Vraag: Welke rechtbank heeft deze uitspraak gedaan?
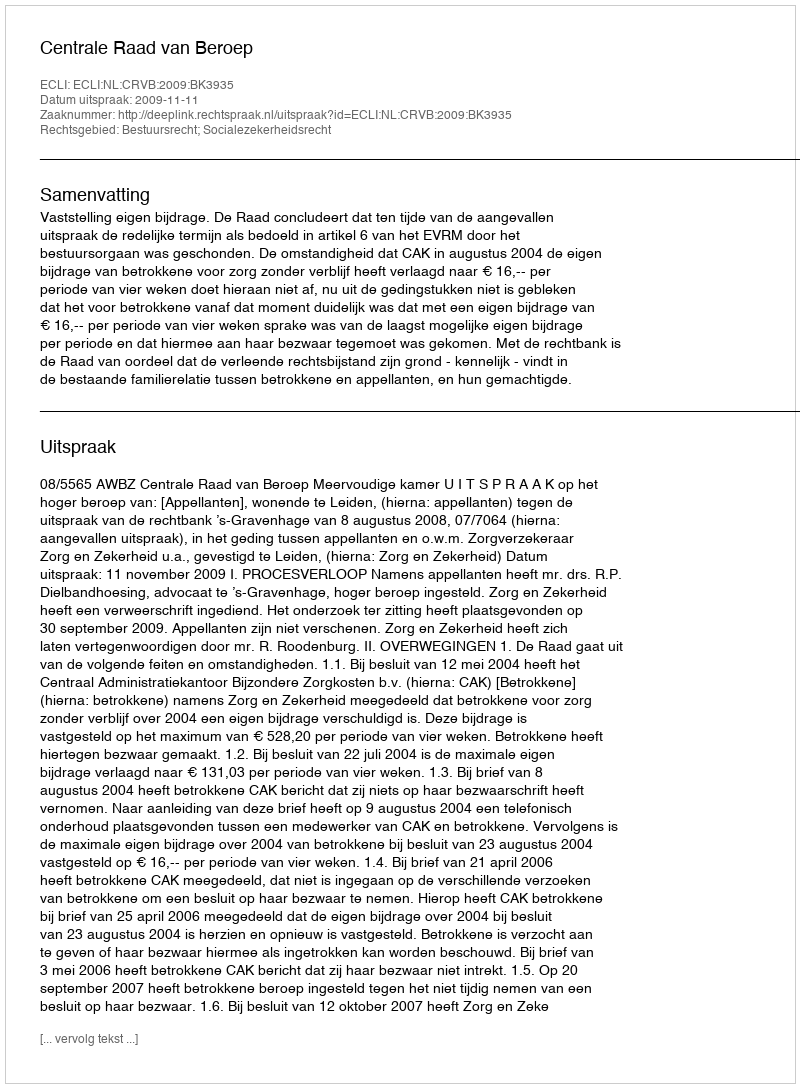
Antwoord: Centrale Raad van Beroep